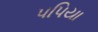
પપિયા